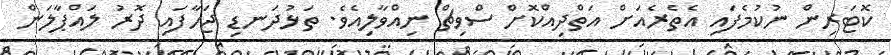
ކޮޓަރިން ނުކުމެފައި އެތެރެއަށް އަތްދިއްކޮށް ސްވިޗް ނިއްވާލިއެވެ. ތަޅުދަނޑި ޖަހާފައި ދޮރު ލައްޕާލަން